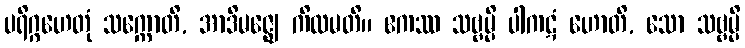
ပရိဂ္ဂဟေတုံ သက္ကောတိ, အာဒိမဇ္ဈေ ကိလမတိ။ ဧကဿ သဗ္ဗမ္ပိ ပါကဋံ ဟောတိ, သော သဗ္ဗမ္ပိ